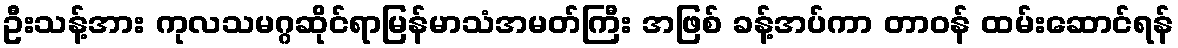
ဦးသန့်အား ကုလသမဂ္ဂဆိုင်ရာမြန်မာသံအမတ်ကြီး အဖြစ် ခန့်အပ်ကာ တာဝန် ထမ်းဆောင်ရန်